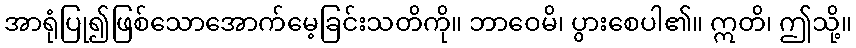
အာရုံပြု၍ဖြစ်သောအောက်မေ့ခြင်းသတိကို။ ဘာဝေမိ၊ ပွားစေပါ၏။ ဣတိ၊ ဤသို့။